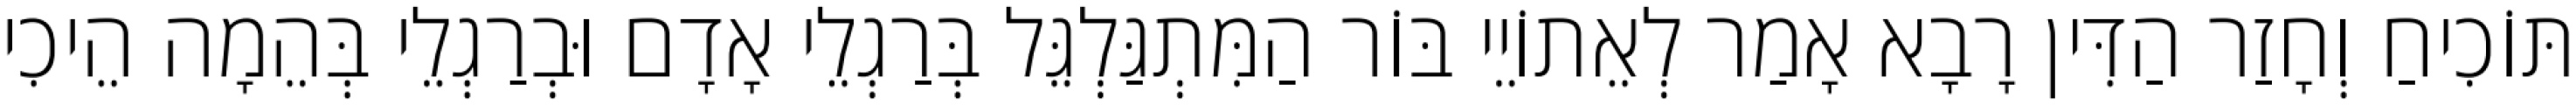
תּוֹכִיחַ וְחָזַר הַדִּין רָבָא אָמַר לְאֵתוֹיֵי בּוֹר הַמִּתְגַּלְגֵּל בְּרַגְלֵי אָדָם וּבְרַגְלֵי בְּהֵמָה הֵיכִי